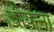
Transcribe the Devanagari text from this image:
चीयन्ना